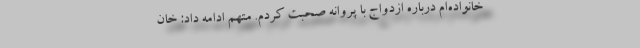
خانواده‌ام درباره ازدواج با پروانه صحبت کردم. متهم ادامه داد: خان